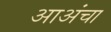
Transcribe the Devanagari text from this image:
आअंचा